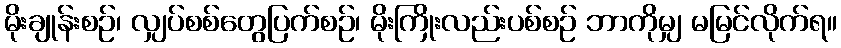
မိုးချုန်းစဉ်၊ လျှပ်စစ်တွေပြက်စဉ်၊ မိုးကြိုးလည်းပစ်စဉ် ဘာကိုမျှ မမြင်လိုက်ရ။